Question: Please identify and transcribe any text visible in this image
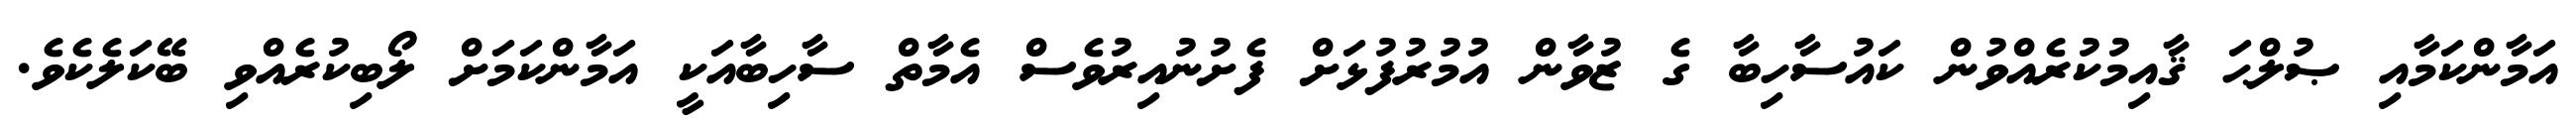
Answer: އަމާންކަމާއި ޞުލްޙަ ޤާއިމުކުރެއްވުން ކައުސާހިބާ ގެ ޒުވާން އުމުރުފުޅަށް ފެށުނުއިރުވެސް އެމާތް ސާހިބާއަކީ އަމާންކަމަށް ލޯބިކުރެއްވި ބޭކަލެކެވެ.